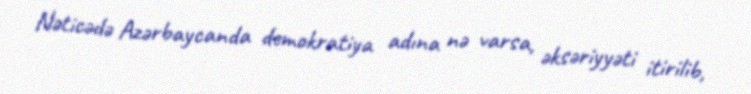
Nəticədə Azərbaycanda demokratiya adına nə varsa, əksəriyyəti itirilib,